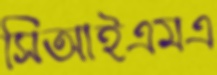
সিআইএমএ